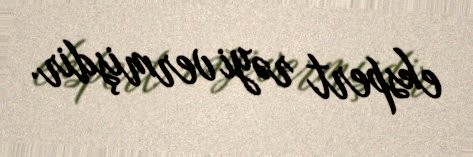
ekspert rəyi vermişdir.